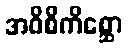
အဝိစိကိစ္ဆော